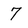
Character: 7